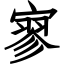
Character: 寥